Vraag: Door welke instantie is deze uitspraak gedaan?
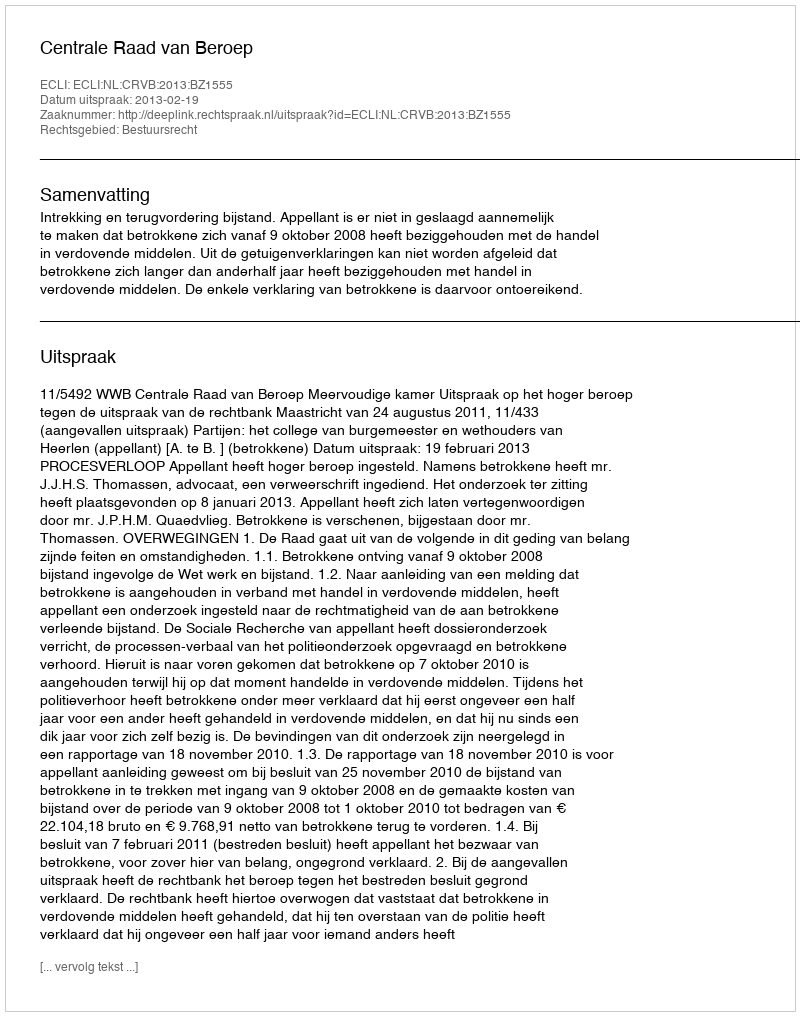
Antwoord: Centrale Raad van Beroep